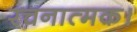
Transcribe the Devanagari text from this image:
रचनात्मक।